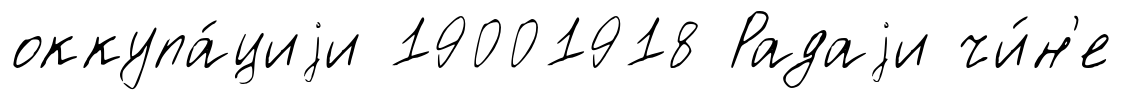
оккупа́циjи 19001918 Радаjи чи́н'е